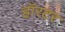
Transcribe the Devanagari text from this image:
हॉरटर